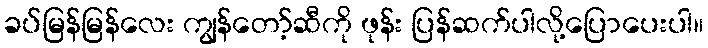
ခပ်မြန်မြန်လေး ကျွန်တော့်ဆီကို ဖုန်း ပြန်ဆက်ပါလို့ပြောပေးပါ။